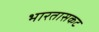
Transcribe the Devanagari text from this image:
भारतासकट